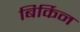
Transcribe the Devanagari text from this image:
बिर्किन